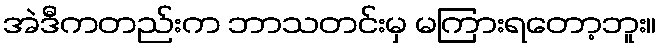
အဲဒီကတည်းက ဘာသတင်းမှ မကြားရတော့ဘူး။